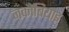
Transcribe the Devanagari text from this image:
जकॉबियाइ